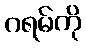
ဂရမ်ကို